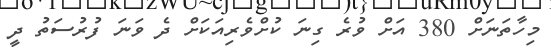
މިހާތަނަށް 380 އަށް ވުރެ ގިނަ ކުށްވެރިއަކަށް ދެ ވަނަ ފުރުސަތު ދީ